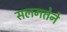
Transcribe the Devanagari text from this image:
सलगतेने